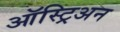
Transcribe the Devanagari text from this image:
ऑस्ट्रिअन